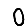
Digit: 0